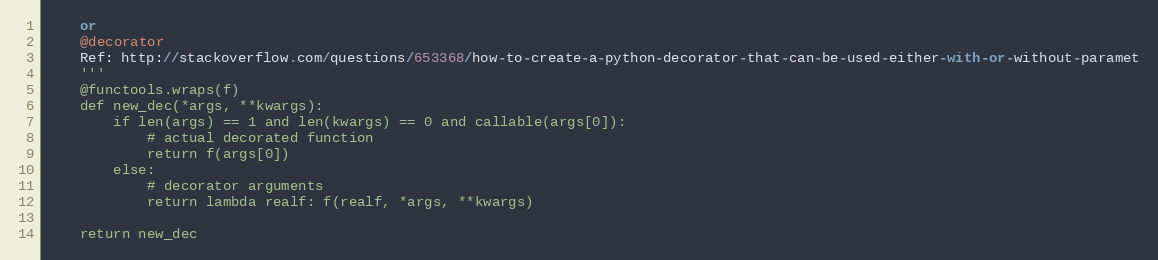
Language: Python
    or
    @decorator
    Ref: http://stackoverflow.com/questions/653368/how-to-create-a-python-decorator-that-can-be-used-either-with-or-without-paramet
    '''
    @functools.wraps(f)
    def new_dec(*args, **kwargs):
        if len(args) == 1 and len(kwargs) == 0 and callable(args[0]):
            # actual decorated function
            return f(args[0])
        else:
            # decorator arguments
            return lambda realf: f(realf, *args, **kwargs)

    return new_dec